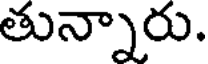
తున్నారు.